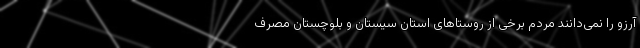
آرزو را نمی‌دانند مردم برخی از روستا‌های استان سیستان و بلوچستان مصرف